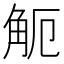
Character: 𧣂